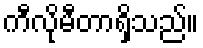
ကီလိုမီတာရှိသည်။